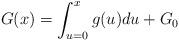
LaTeX: \begin{align*} G(x) = \int_{u = 0}^{x}g(u) du + G_{0}\end{align*}